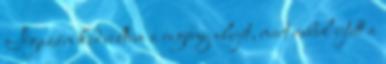
Igazán kedveltem a regény elejét, mert rabul ejtett a